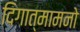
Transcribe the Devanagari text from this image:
दिगात्मामनो